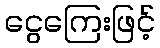
ငွေကြေးဖြင့်